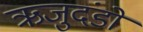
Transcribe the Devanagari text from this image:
ऋजुदंडों